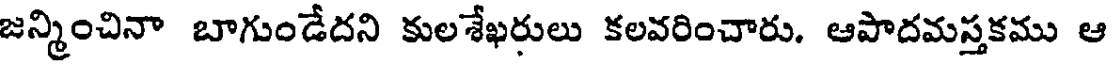
జన్మించినా బాగుండేదని కులశేఖరులు కలవరించారు. ఆపాదమస్తకము ఆ